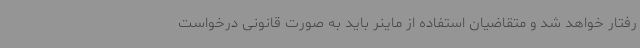
رفتار خواهد شد و متقاضیان استفاده از ماینر باید به صورت قانونی درخواست